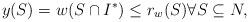
LaTeX: \begin{align*}y(S) = w(S\cap I^*) \leq r_w(S) \forall S\subseteq N,\end{align*}